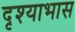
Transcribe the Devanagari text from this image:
दृश्याभास